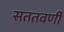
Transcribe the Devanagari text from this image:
सततवर्णी